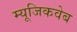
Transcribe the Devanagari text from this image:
म्यूजिकवेब